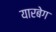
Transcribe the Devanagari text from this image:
यारबेग